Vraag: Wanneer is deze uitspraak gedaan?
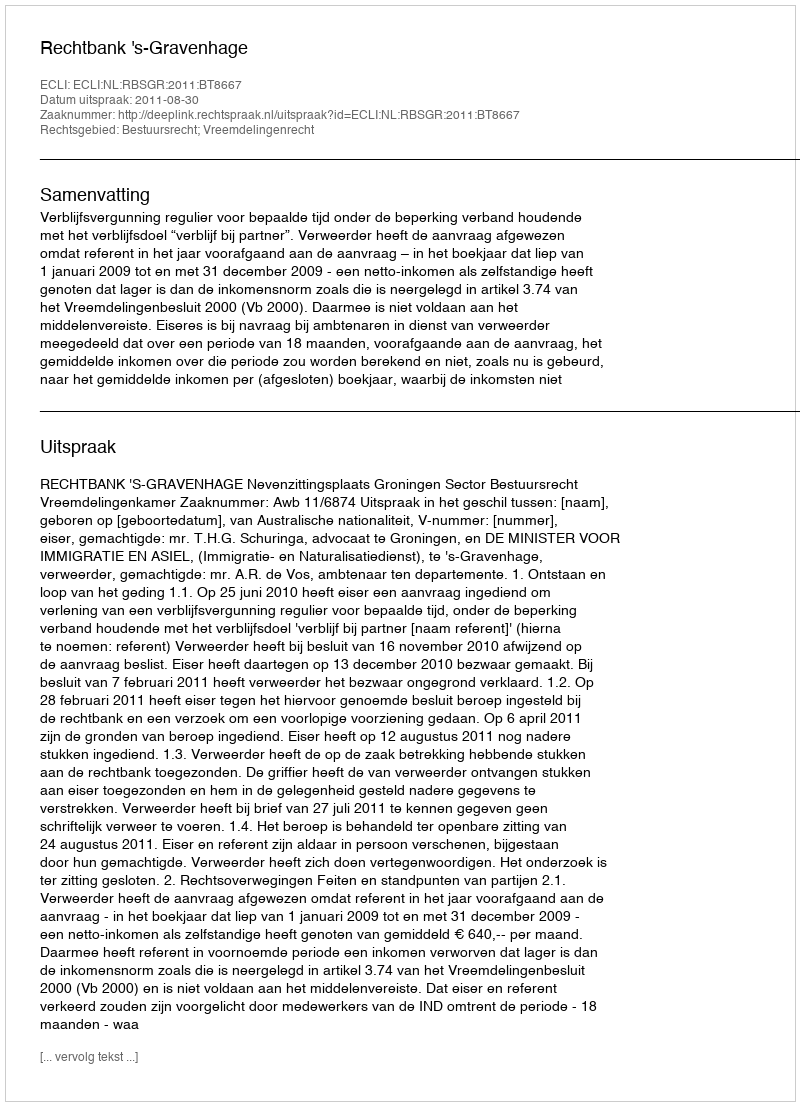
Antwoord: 2011-08-30